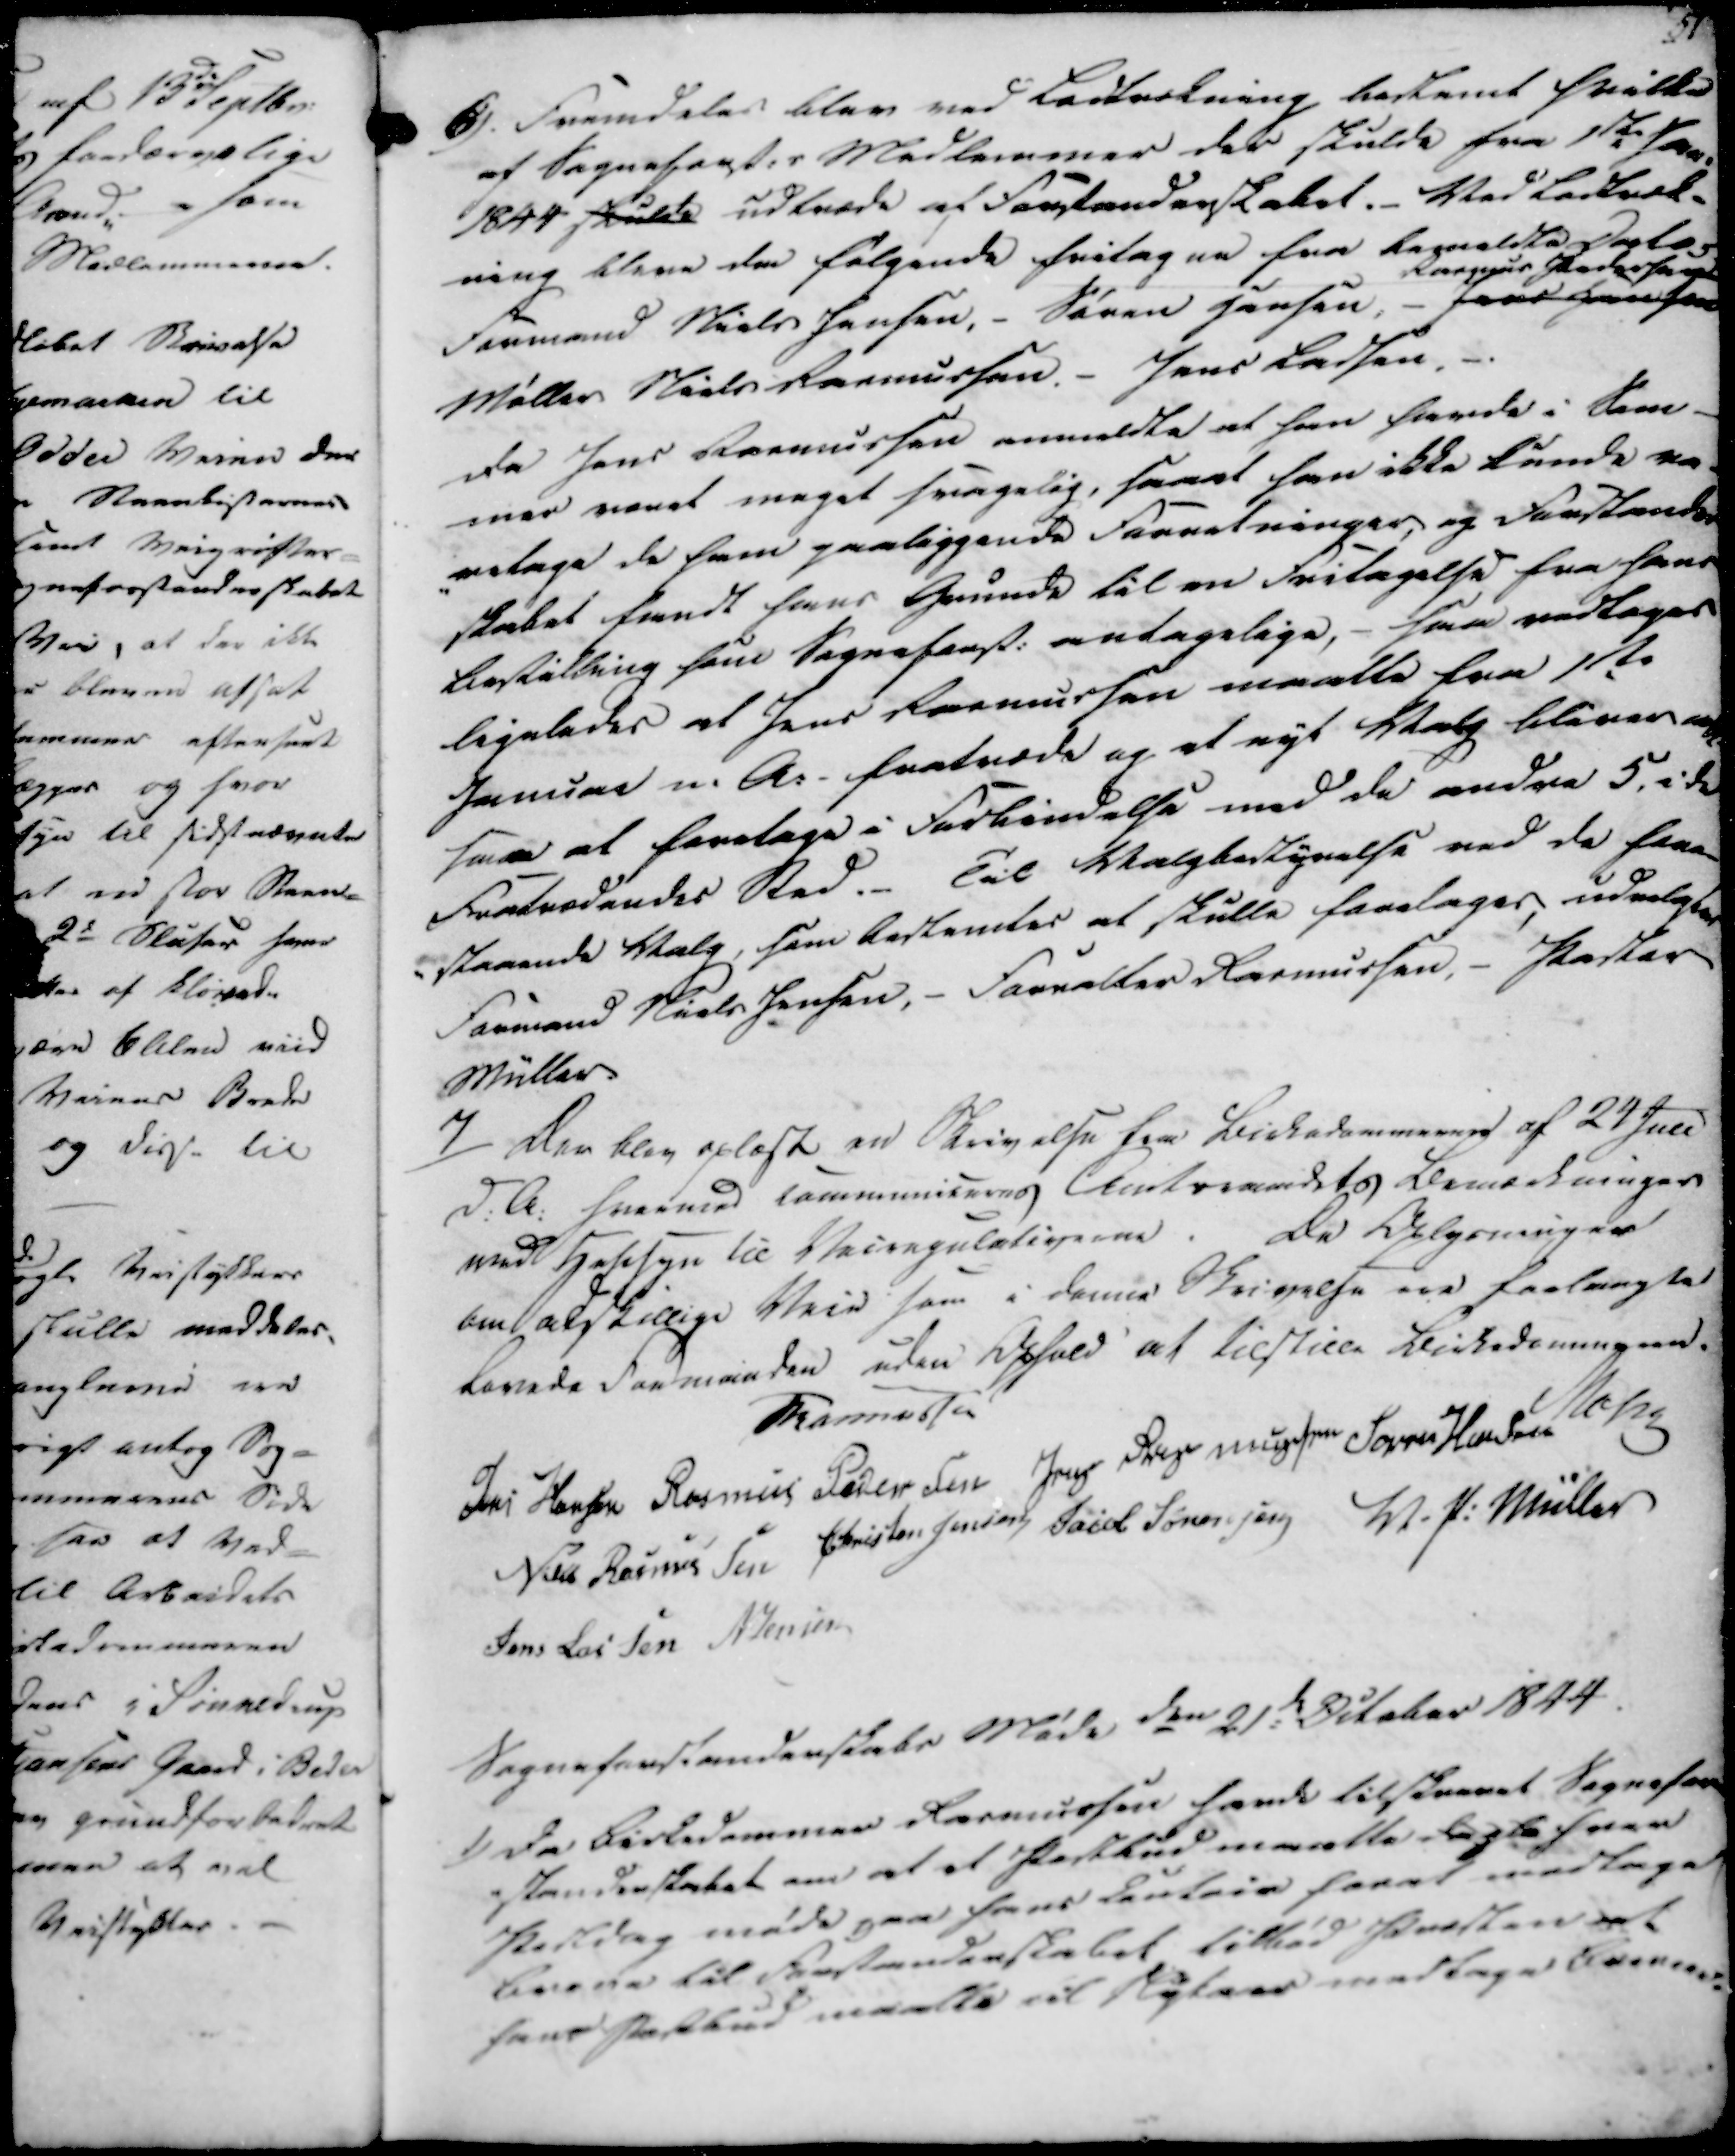
Transskription:
6).

Fremdeles blev med Landrekuing hartkornet hvilke
af Sognefogst.s Medlemmer der skulde fra 1ste Jan.
1844 skulde udtræde af Forstanderskabet._ Ved Lodtkast-
ning bleve den følgende fritagne fra Regnelste Sogto-
Formand Niels Jensen, - Søren Jensen, - Jens Hansen Rasmus Pedersen
Møller Niels Rasmussen. - Jens Ladsen, -
Da Jens Rasmussen anmeldte at han havde i Som-
mer været meget svagelig, samet han ikke kunde va-
-retage de ham paaliggende Foretninger, og Forstander-
skabet fandt hans Grunde til en Fritagelse fra hans
bestilling som Sogneforst. antagelige, - saa vedtoges
ligeledes at Jens Rasmussen maatte fra 1ste
Januar n. A. - fratræde og at nyt Valg bliver 
saa at foretage i Forbindelse med de andre 5, i de
Fratrædendes Sted. Til Valgbestyrelse ved de fore-
-staaende Valg, som bestemtes at skulle foretages, udvalgtes
Formand Niels Jensen, - Forvalter Rasmussen, - Pastor
Müller.

7/

Der blev oplæst en Skrivelse fra Birkedommennen af 24 Juli
d. A. hvormed communiurres Amtsraadets Bemærkninger
med Hensyn til Veiregulationerne. De Oplysninger
om adskillige Veie som i denne Skrivelse ere faalangte
lovede Formanden uden Ophold at tilstille Birkedommeren.

Rasmussen
Jens Hansen
Rasmus Pedersen
Jens Rasmussen
Søren Hansen
Mohr
Niels Rasmussen
Christen Jensen
Jacob Sørensen
V. P. Müller
Jens Lassen
N Jensen

Sogneforstanderskabs Møde den 21de October 1844.

1)

Da Birkedommer Rasmussen havde tilstaaet Sognefor-
-standerskabet om at et Partbud maatte degle hver
Partdrag møde paa Jens Laudtein forat modtage
Breve til Forstanderskabet tillod Præsten at
hans Partbud maatte til Nytaar medtage brenende